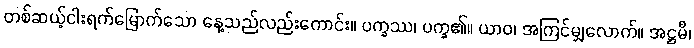
တစ်ဆယ့်ငါးရက်မြောက်သော နေ့သည်လည်းကောင်း။ ပက္ခဿ၊ ပက္ခ၏။ ယာဝ၊ အကြင်မျှလောက်။ အဋ္ဌမီ၊